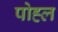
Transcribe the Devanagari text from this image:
पोह्ल